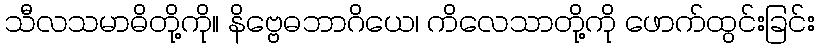
သီလသမာဓိတို့ကို။ နိဗ္ဗေဓဘာဂိယေ၊ ကိလေသာတို့ကို ဖောက်ထွင်းခြင်း